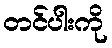
တင်ပါးကို